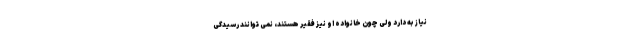
نیاز به دارد ولی چون خانواده او نیز فقیر هستند، نمی توانند رسیدگی